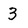
Character: 3